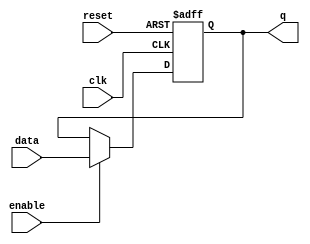
module flip_flop (
    input wire clk, // Clock input
    input wire reset, // Reset input
    input wire enable, // Enable input
    input wire data, // Data input
    output reg q // Flip-flop state output
);

always @(posedge clk, posedge reset) begin
    if (reset) begin
        q <= 1'b0; // Reset the flip-flop state
    end else begin
        if (enable) begin
            q <= data; // Capture data input on rising clock edge when enable is high
        end
    end
end

endmodule